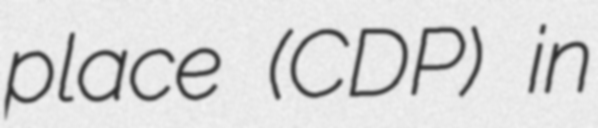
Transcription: place (CDP) in